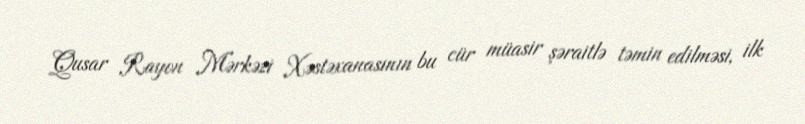
Qusar Rayon Mərkəzi Xəstəxanasının bu cür müasir şəraitlə təmin edilməsi, ilk